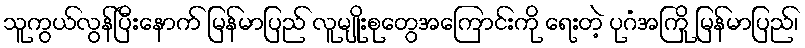
သူကွယ်လွန်ပြီးနောက် မြန်မာပြည် လူမျိုးစုတွေအကြောင်းကို ရေးတဲ့ ပုဂံအကြို မြန်မာပြည်၊